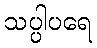
သပ္ပါပရေ